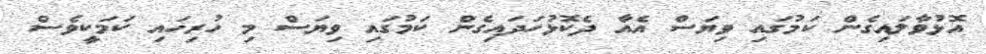
އޮޅުވާލައިގެން ކަމުގައި ވިޔަސް އެއާ ދެކޮޅުހަދައިގެން ކަމުގައި ވިޔަސް މި ހުރިހައި ކަމަކީވެސް